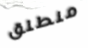
منطلق